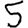
Digit: 5